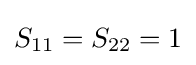
S_{11}=S_{22}=1